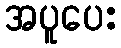
အပူပေး